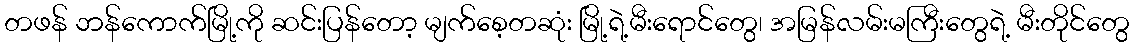
တဖန် ဘန်ကောက်မြို့ကို ဆင်းပြန်တော့ မျက်စေ့တဆုံး မြို့ရဲ့မီးရောင်တွေ၊ အမြန်လမ်းမကြီးတွေရဲ့ မီးတိုင်တွေ